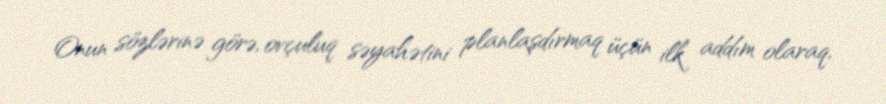
Onun sözlərinə görə, ovçuluq səyahətini planlaşdırmaq üçün ilk addım olaraq,